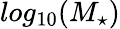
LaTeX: log_{10}(M_{\mathrm{\star}})